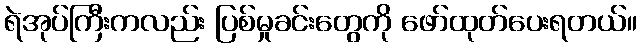
ရဲအုပ်ကြီးကလည်း ပြစ်မှုခင်းတွေကို ဖော်ထုတ်ပေးရတယ်။